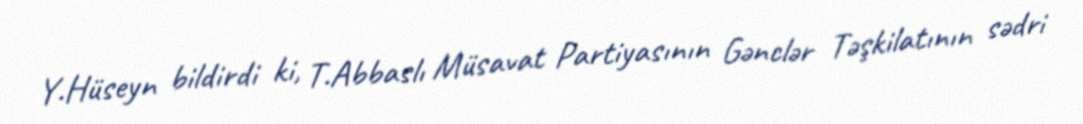
Y.Hüseyn bildirdi ki, T.Abbaslı Müsavat Partiyasının Gənclər Təşkilatının sədri